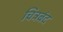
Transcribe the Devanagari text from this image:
चित्रबंद